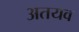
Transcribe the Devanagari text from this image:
अतयव